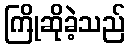
ကြိုဆိုခဲ့သည်